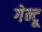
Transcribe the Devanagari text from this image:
गेन्टू